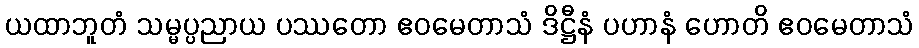
ယထာဘူတံ သမ္မပ္ပညာယ ပဿတော ဧဝမေတာသံ ဒိဋ္ဌီနံ ပဟာနံ ဟောတိ ဧဝမေတာသံ